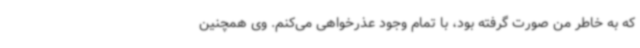
که به خاطر من صورت گرفته بود، با تمام وجود عذرخواهی می‌کنم. وی همچنین